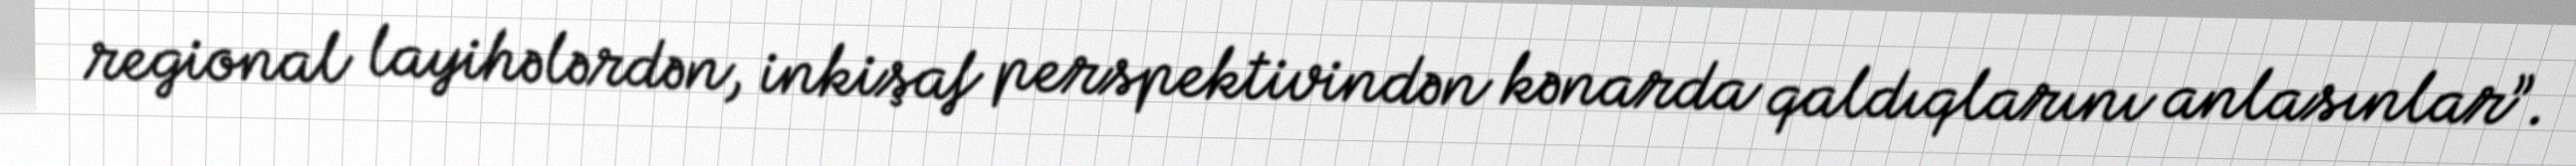
regional layihələrdən, inkişaf perspektivindən kənarda qaldıqlarını anlasınlar”.